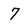
Character: 7